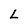
Character: L